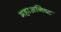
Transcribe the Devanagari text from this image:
महाअनिष्ट